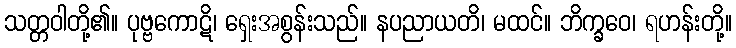
သတ္တဝါတို့၏။ ပုဗ္ဗကောဋိ၊ ရှေးအစွန်းသည်။ နပညာယတိ၊ မထင်။ ဘိက္ခဝေ၊ ရဟန်းတို့။